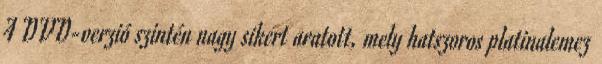
A DVD-verzió szintén nagy sikert aratott, mely hatszoros platinalemez